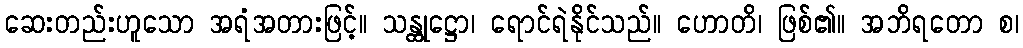
ဆေးတည်းဟူသော အရံအတားဖြင့်။ သန္ထုဋ္ဌော၊ ရောင်ရဲနိုင်သည်။ ဟောတိ၊ ဖြစ်၏။ အဘိရတော စ၊